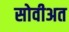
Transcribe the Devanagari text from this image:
सोवीअत